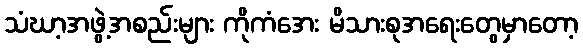
သံဃာ့အဖွဲ့အစည်းများ ကိုကံအေး မိသားစုအရေးတွေမှာတော့